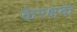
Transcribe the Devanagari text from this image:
केरक्षक